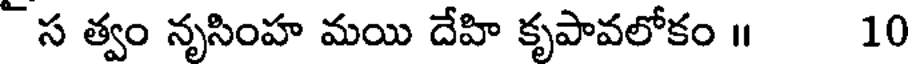
స త్వం నృసింహ మయి దేహి కృపావలోకం | 10